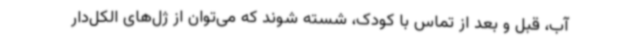
آب، قبل و بعد از تماس با کودک، شسته شوند که می‌توان از ژل‌های الکل‌دار